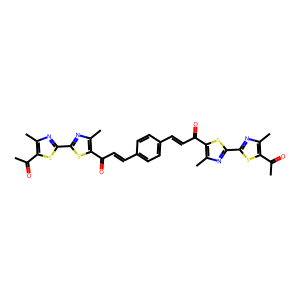
SMILES: CC(=O)c1sc(-c2nc(C)c(C(=O)C=Cc3ccc(C=CC(=O)c4sc(-c5nc(C)c(C(C)=O)s5)nc4C)cc3)s2)nc1C
Inhibits HIV replication: No